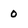
Character: 0